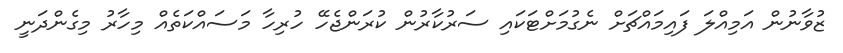
ޒުވާނުން އަމިއްލަ ފައިމައްޗަށް ނެގުމަށްޓަކައި ސަރުކާރުން ކުރަންޖެހޭ ހުރިހާ މަސައްކަތެއް މިހާރު މިގެންދަނީ